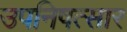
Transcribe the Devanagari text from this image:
उपनिषत्सार